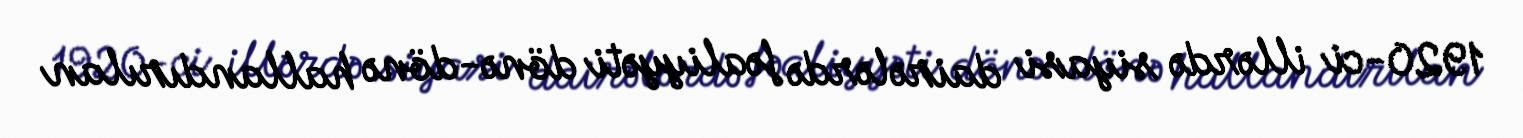
1920-ci illərdə siyasi dairələrdə fəaliyyəti dönə-dönə hallandırılan